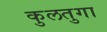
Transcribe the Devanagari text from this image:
कुलतुगा